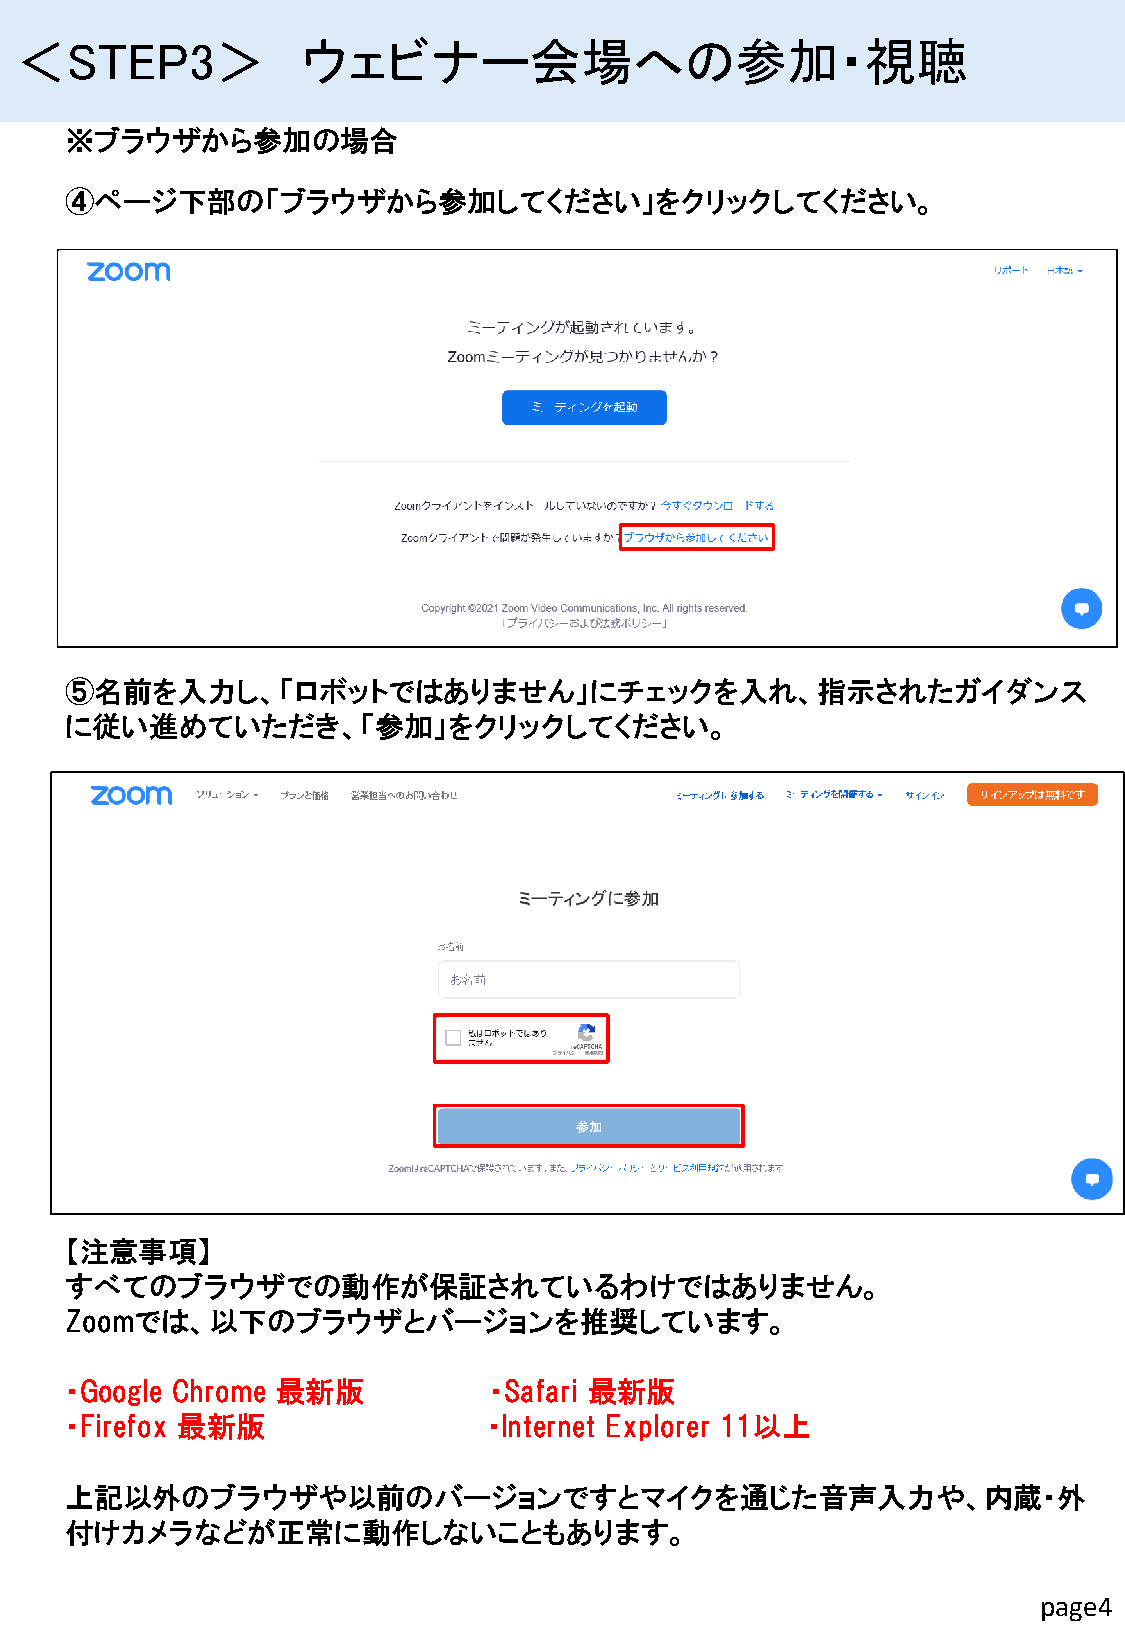
＜STEP3＞            ウェビナー会場への参加・視聴
 ※ブラウザから参加の場合
 ④ページ下部の「ブラウザから参加してください」をクリックしてください。
 ⑤名前を入力し、「ロボットではありません」にチェックを入れ、指示されたガイダンス
 に従い進めていただき、「参加」をクリックしてください。
 【注意事項】
 すべてのブラウザでの動作が保証されているわけではありません。
 Zoomでは、以下のブラウザとバージョンを推奨しています。
 ・Google Chrome 最新版          ・Safari 最新版
 ・Firefox 最新版                ・Internet Explorer 11以上
 上記以外のブラウザや以前のバージョンですとマイクを通じた音声入力や、内蔵・外
 付けカメラなどが正常に動作しないこともあります。
 page4